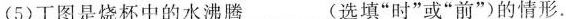
(5)丁图是烧杯中的水沸腾___(选填”时”或”前”)的情形.